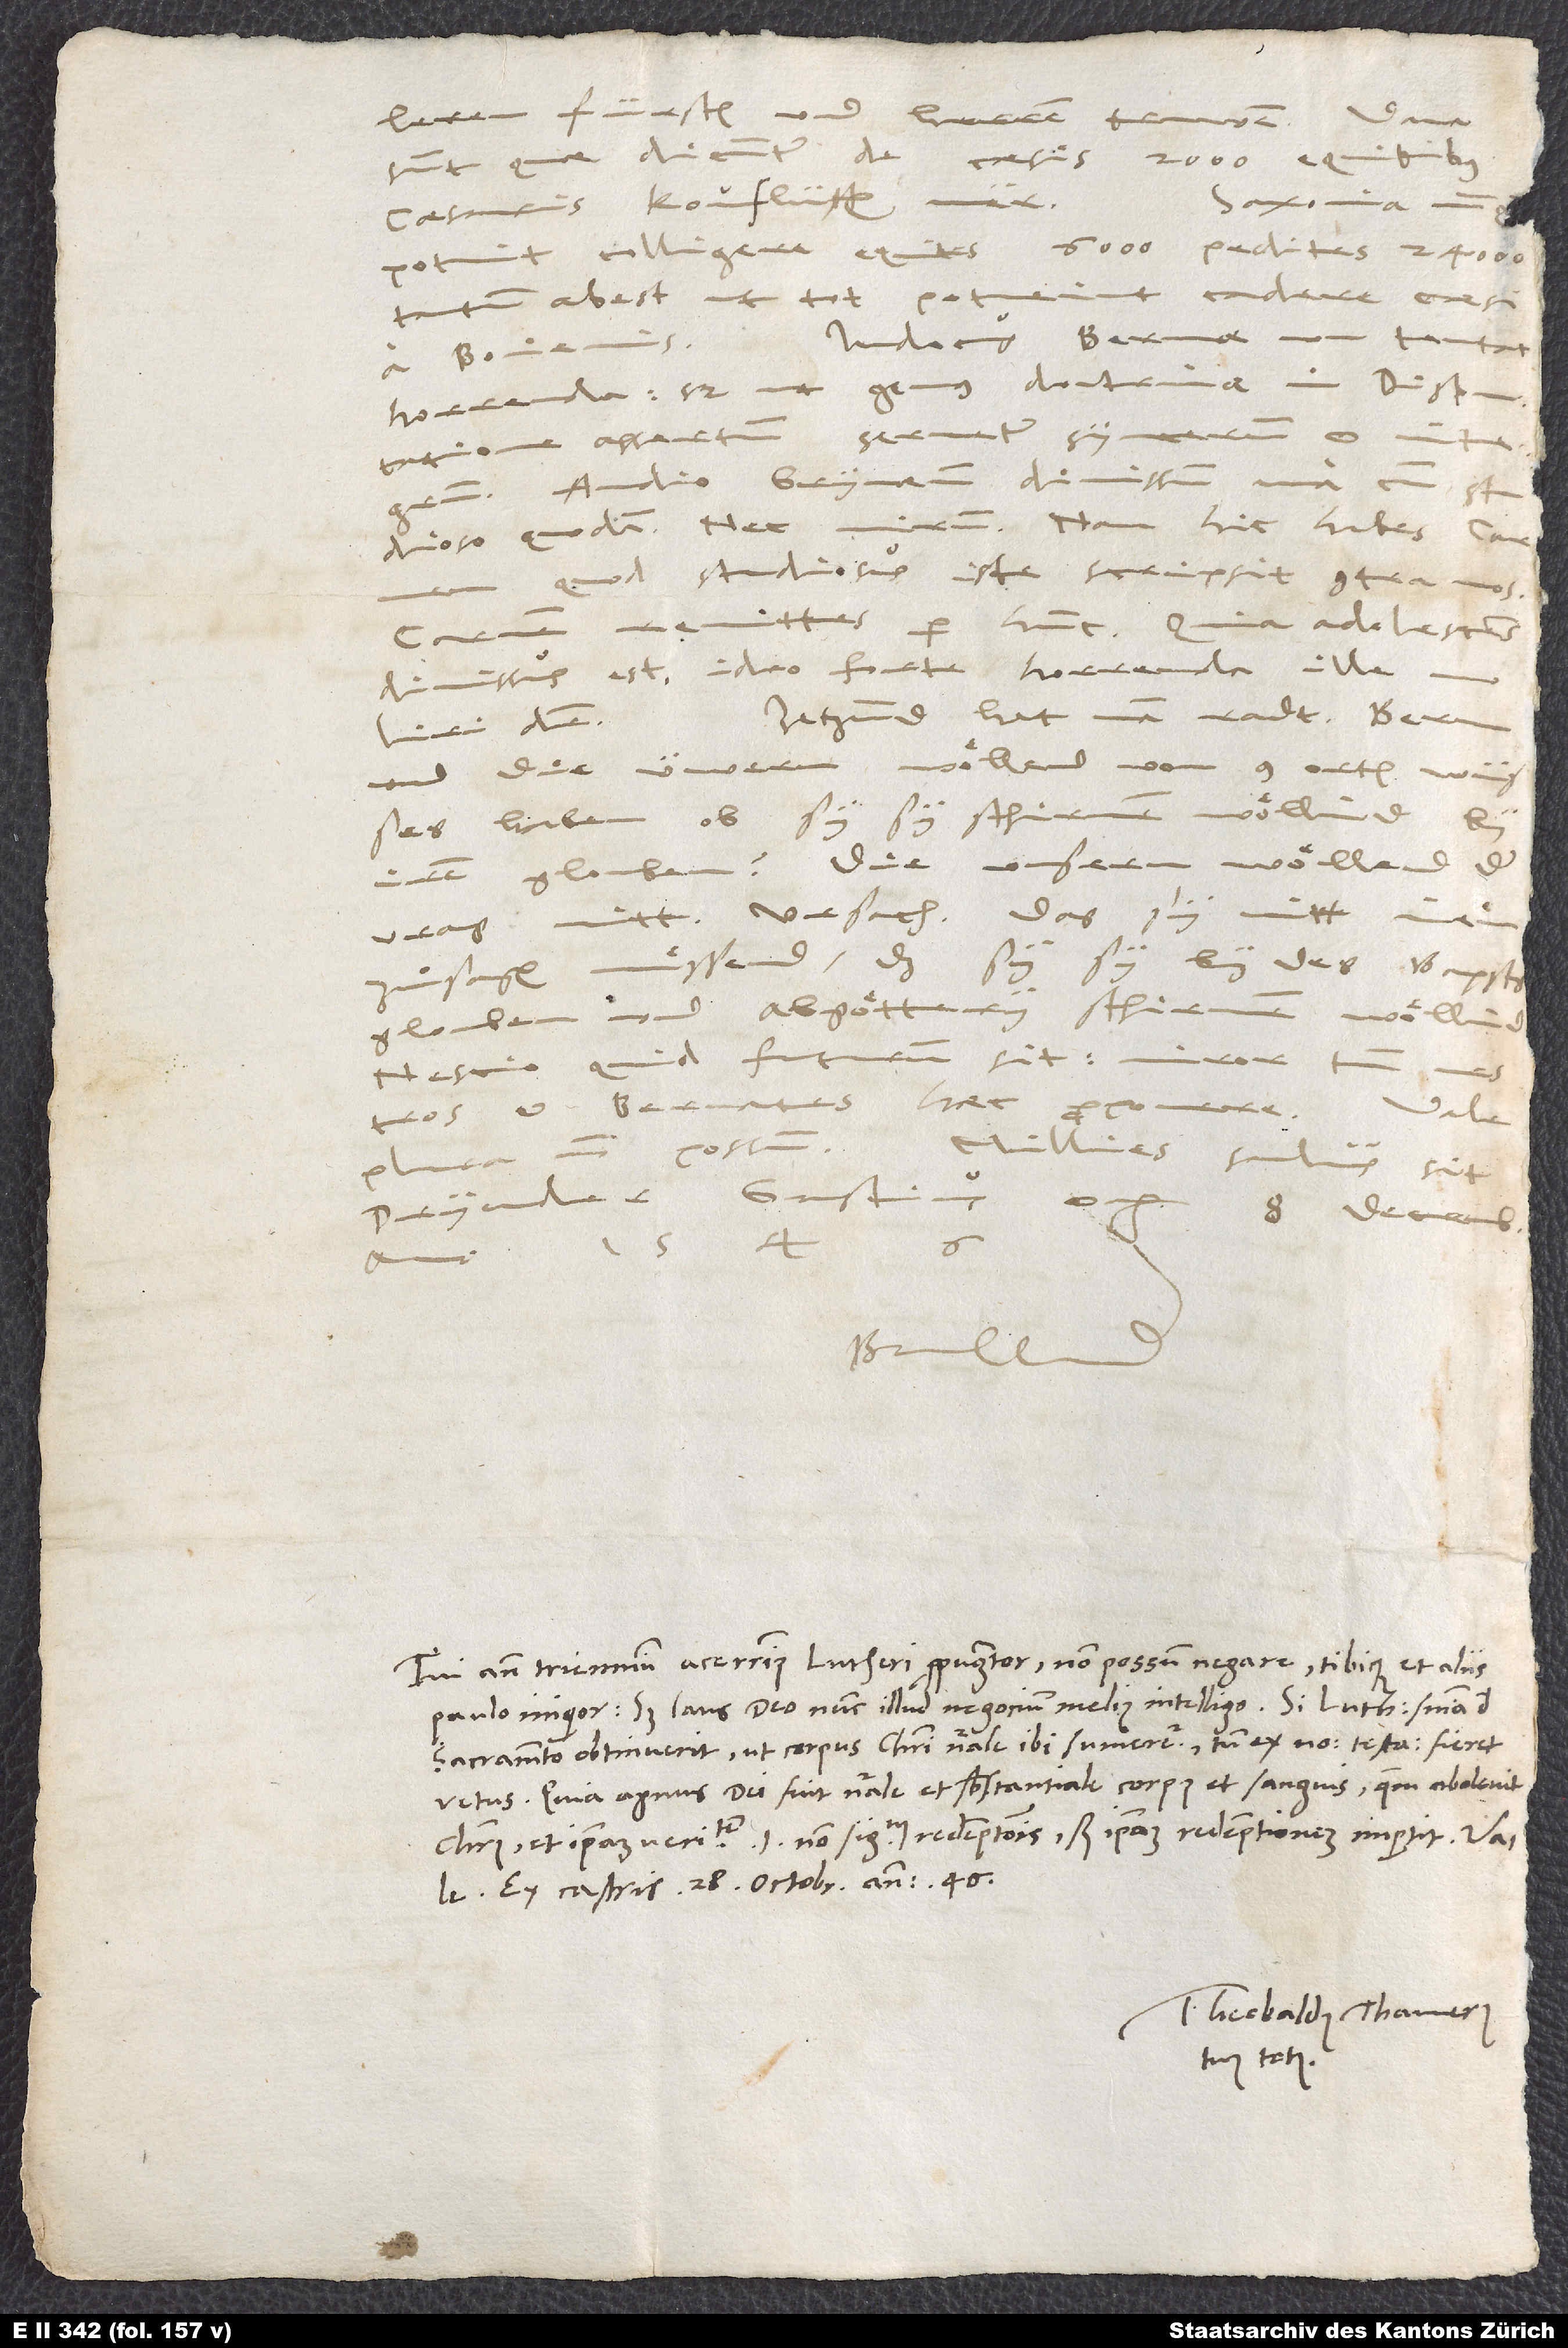
leren fürsten und herren truwen.
sunt, quae dicuntur de caesis 2’000 equitibus
caesaris: koufflütten mer!
potuit colligere equites 6’000, pedites 24’000,
tantum abest, ut tot potuerint cadere caesi
Iodocus Bernae non tentat
a Boiemis.
horrenda, sed ut genus doctrinae in disputatione
assertum servetur syncerum et integrum.
Audio Grynaeum dimissum una cum studioso
quodam. Nec mirum, nam hic habes carmen,
quod studiosus iste scripsit contra nos!
Carmen remittes per hunc. Quia adolescens
dimissus est, ideo forte horrenda ille
Jetzund hat man radt. Bern
und die üwern woͤllend von 9 orten wüsses
haben, ob sy sy schirmen woͤllind by
irem glouben. Die unsern woͤllend der
vrag nitt. Ursach: Das sy nitt inen
zuͦ sagen muͤssend, das sy sy by des bapsts
glouben und abgoͤttery schirmen woͤllind.
Nescio, quid futurum sit. Miror tamen
et Bernates haec
Vale.
non possum.
Millies salvus sit
Dryander, Gastius,